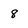
Character: 8